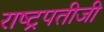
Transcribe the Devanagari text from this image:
राष्ट्रपतीजी